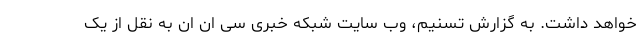
خواهد داشت. به گزارش تسنیم، وب سایت شبکه خبری سی ان ان به نقل از یک